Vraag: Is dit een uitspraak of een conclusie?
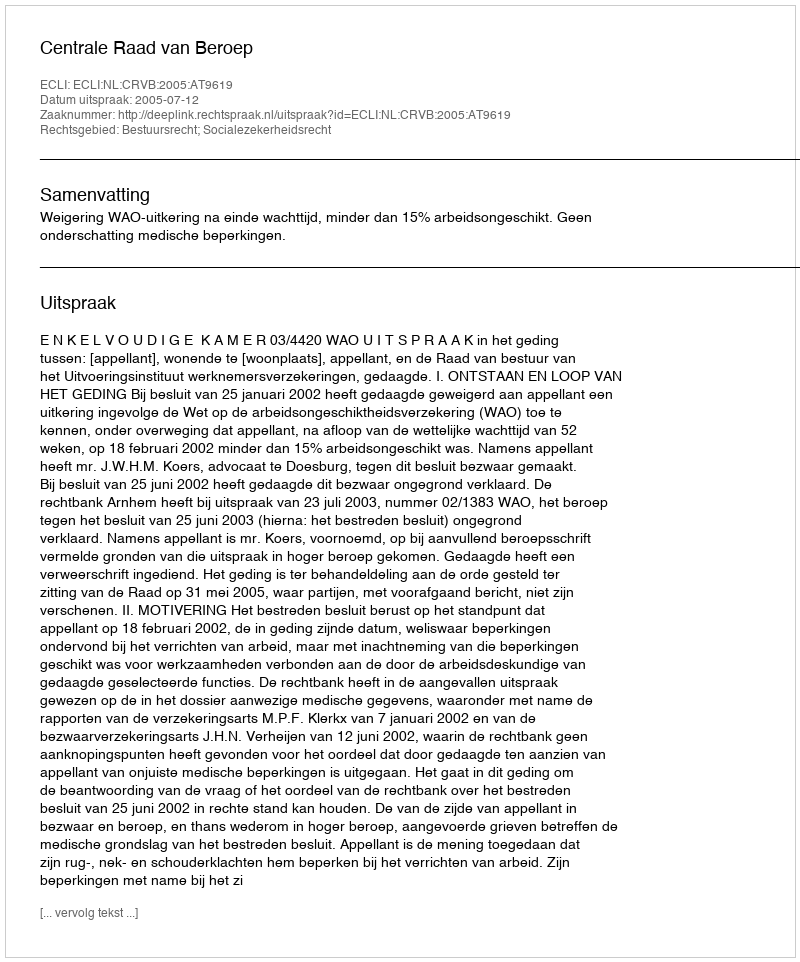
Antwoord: Uitspraak